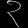
Digit: ၃